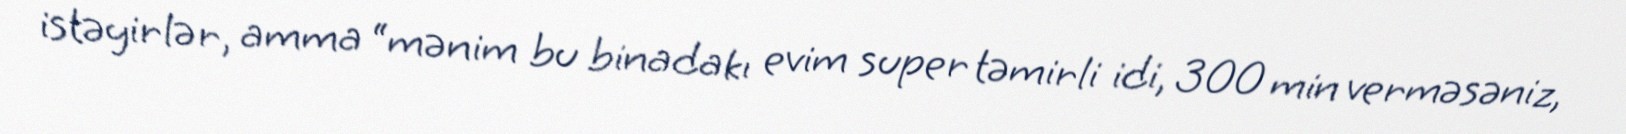
istəyirlər, amma “mənim bu binadakı evim super təmirli idi, 300 min verməsəniz,